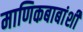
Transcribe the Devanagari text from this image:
माणिकबाबांशी